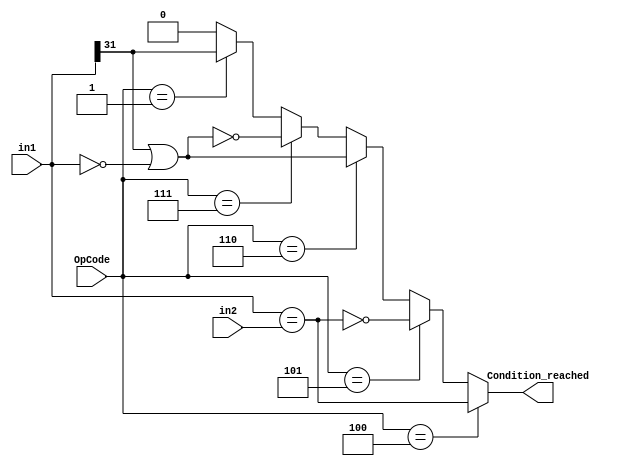

module Signed_compare(
    input [5:0] OpCode, 
    input [31:0] in1,
    input [31:0] in2,
    output Condition_reached
    );
    wire ltz, eqz, eq;
    assign ltz = in1[31];
    assign eqz = (in1 == 32'h0);
    assign eq = (in1 == in2);
    assign Condition_reached = (OpCode==6'h04)? eq://beq
	                           (OpCode==6'h05)? ~eq://bne
	                           (OpCode==6'h06)? ltz | eqz: //blez
	                           (OpCode==6'h07)? ~(ltz | eqz)://bgtz
	                           (OpCode==6'h01)? ltz:1'b0;// bltz, else default
endmodule